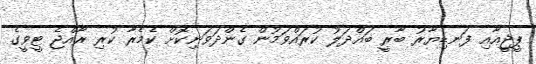
ޕީޖީއާއި ފަނޑިޔާރު ބާރީ ބައްދަލު ކުރައްވަމުން ގެންދަވަނިކޮށް ކެމެރާ ކުރި ރާއްޖެ ޓީވީގެ